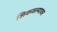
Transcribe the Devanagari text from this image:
शिकवल्यावर